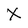
Character: X